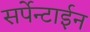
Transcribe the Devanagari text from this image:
सर्पेन्टाईन